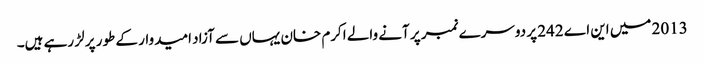
2013 میں این اے 242 پر دوسرے نمبر پر آنے والے اکرم خان یہاں سے آزاد امیدوار کے طور پر لڑ رہے ہیں۔